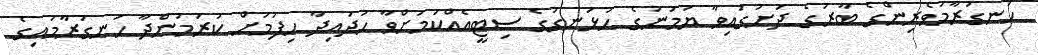
ހަނގުރާމަވެރިންގެ ބާރުގެ ދަށުގައިވާ ޔަމަނުގެ ހުޅަނގުގެ ސިޓީއެއްކަމަށްވާ ހުދައިދާ ހިފުމަށް ކުރަމުންދާ ހަނގުރާމައިގެ